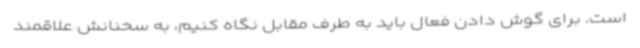
است. برای گوش دادن فعال باید به طرف مقابل نگاه کنیم، به سخنانش علاقمند